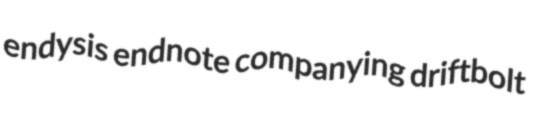
endysis endnote companying driftbolt